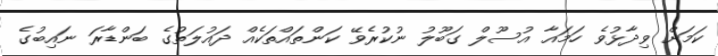
ކަމަށް ވިދާޅުވެ ހަމައާ އުސޫލް ގަބޫލު ނުކުރެވޭ ކަންތައްތަކެއް ދައުލަތުގެ ބަންޑާރަ ނައިބުގެ